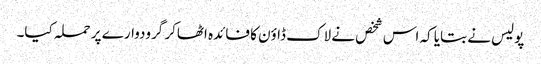
پولیس نے بتایا کہ اس شخص نے لاک ڈاؤن کا فائدہ اٹھاکر گرودوارے پر حملہ کیا۔